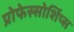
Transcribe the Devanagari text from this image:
प्रोफेस्सोर्शिप्स